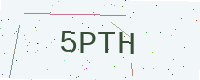
Text: 5PTH